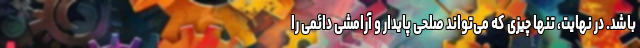
باشد. در نهایت، تنها چیزی که می‌تواند صلحی پایدار و آرامشی دائمی را